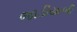
જાડીયાળી